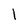
Character: l